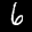
Label: 6